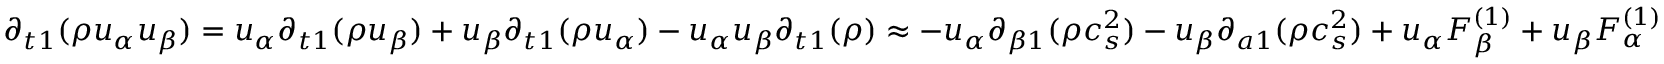
{ \partial _ { t 1 } } ( \rho { u _ { \alpha } } { u _ { \beta } } ) = { u _ { \alpha } } { \partial _ { t 1 } } ( \rho { u _ { \beta } } ) + { u _ { \beta } } { \partial _ { t 1 } } ( \rho { u _ { \alpha } } ) - { u _ { \alpha } } { u _ { \beta } } { \partial _ { t 1 } } ( \rho ) \approx - { u _ { \alpha } } { \partial _ { \beta 1 } } ( \rho c _ { s } ^ { 2 } ) - { u _ { \beta } } { \partial _ { a 1 } } ( \rho c _ { s } ^ { 2 } ) + { u _ { \alpha } } F _ { \beta } ^ { ( 1 ) } + { u _ { \beta } } F _ { \alpha } ^ { ( 1 ) }